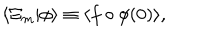
\langle \Xi _ { m } | \phi \rangle \equiv \langle f \circ \phi ( 0 ) \rangle ,